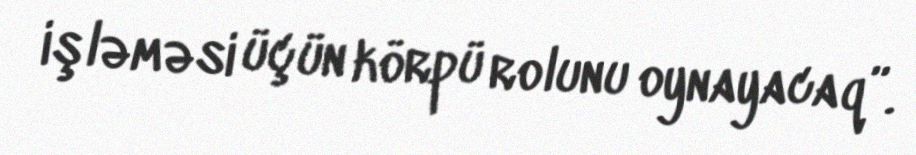
işləməsi üçün körpü rolunu oynayacaq”.